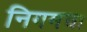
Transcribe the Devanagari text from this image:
निगमचा